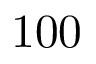
1 0 0